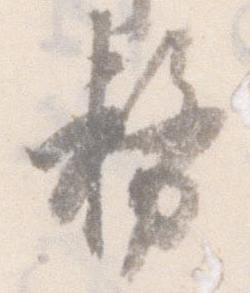
務